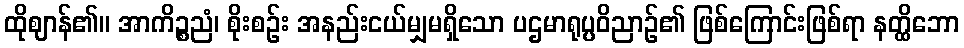
ထိုဈာန်၏။ အာကိဉ္စညံ၊ စိုးစဉ်း အနည်းငယ်မျှမရှိသော ပဌမာရုပ္ပဝိညာဉ်၏ ဖြစ်ကြောင်းဖြစ်ရာ နတ္ထိဘော